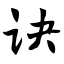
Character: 诀